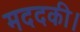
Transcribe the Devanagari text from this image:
मददकी।